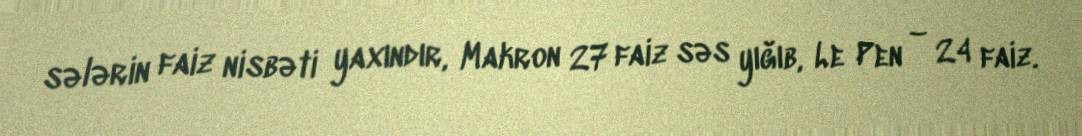
sələrin faiz nisbəti yaxındır, Makron 27 faiz səs yığıb, Le Pen – 24 faiz.